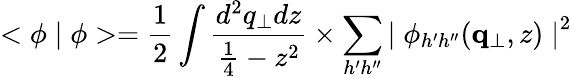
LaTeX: <\phi\mid\phi>={\frac{1}{2}}\int{\frac{d^{2}q_{\perp}dz}{{\frac{1}{4}}-z^{2}}}\times\sum_{h^{\prime}h^{\prime\prime}}{\mid\phi_{h^{\prime}h^{\prime\prime}}({\mathbf q}_{\perp},z)\mid}^{2}